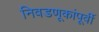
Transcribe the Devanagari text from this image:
निवडणूकांपूर्वी